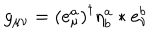
LaTeX: g _ { \mu \nu } = \left( e _ { \mu } ^ { a } \right) ^ { \dagger } \eta _ { b } ^ { a } \ast e _ { \nu } ^ { b }